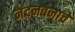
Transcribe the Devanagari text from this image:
नंदनवनाचे